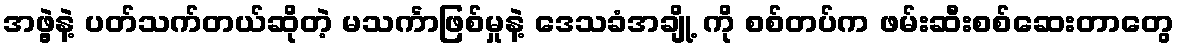
အဖွဲ့နဲ့ ပတ်သက်တယ်ဆိုတဲ့ မသင်္ကာဖြစ်မှုနဲ့ ဒေသခံအချို့ ကို စစ်တပ်က ဖမ်းဆီးစစ်ဆေးတာတွေ